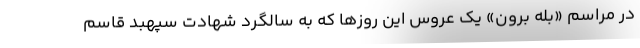
در مراسم «بله برون» یک عروس این روزها که به سالگرد شهادت سپهبد قاسم